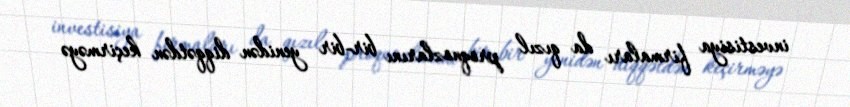
investisiya firmaları da qızıl proqnozlarını bir-bir yenidən diqqətdən keçirməyə